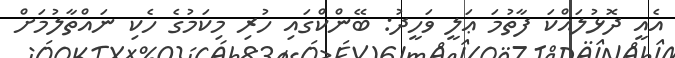
އެއީ ދޮޅުލައްކަ ފާތުމަ ޢަލީ ވަހީދު: ބޭންކްގައި ހުރި މިކަމުގެ ހެކި ނައްތާލުމަށް